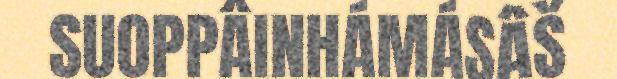
SUOPPÂINHÁMÁSÂŠ